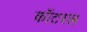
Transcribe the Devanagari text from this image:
कॉटरल